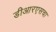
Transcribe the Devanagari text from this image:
डीआरएसचा